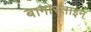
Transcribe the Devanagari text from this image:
बागास्ताइन